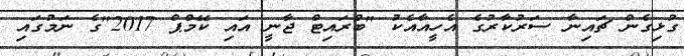
ގުޅިގެން ޗައިނާ ސަރުކާރުގެ އެހީއާއެކު "ބްރައިޓް ޖާނީ އައި ކޭމްޕް 2017"ގެ ނަމުގައި